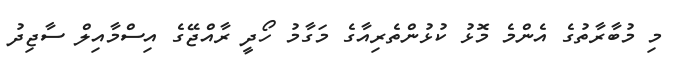
މި މުބާރާތުގެ އެންމެ މޮޅު ކުޅުންތެރިއާގެ މަގާމު ހޯދީ ރާއްޖޭގެ އިސްމާއިލް ސާޖިދު